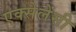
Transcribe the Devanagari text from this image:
एक्सेलेंसी